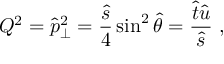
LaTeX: Q ^ { 2 } = \hat { p } _ { \perp } ^ { 2 } = \frac { \hat { s } } { 4 } \sin ^ { 2 } \hat { \theta } = \frac { \hat { t } \hat { u } } { \hat { s } } ~ ,